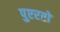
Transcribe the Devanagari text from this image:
पुएरतो